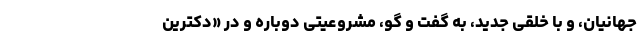
جهانیان، و با خلقی جدید، به گفت و گو، مشروعیتی دوباره و در «دکترین